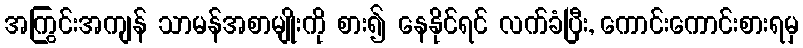
အကြွင်းအကျန် သာမန်အစာမျိုးကို စား၍ နေနိုင်ရင် လက်ခံပြီး, ကောင်းကောင်းစားရမှ